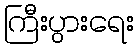
ကြီးပွားရေး